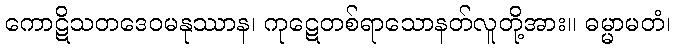
ကောဋိသတဒေဝမနုဿာန၊ ကုဋေတစ်ရာသောနတ်လူတို့အား။ ဓမ္မာမတံ၊